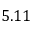
5 . 1 1